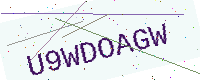
Text: U9WDOAGW